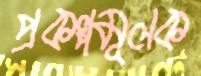
প্রকল্পমূলক